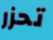
تحزر